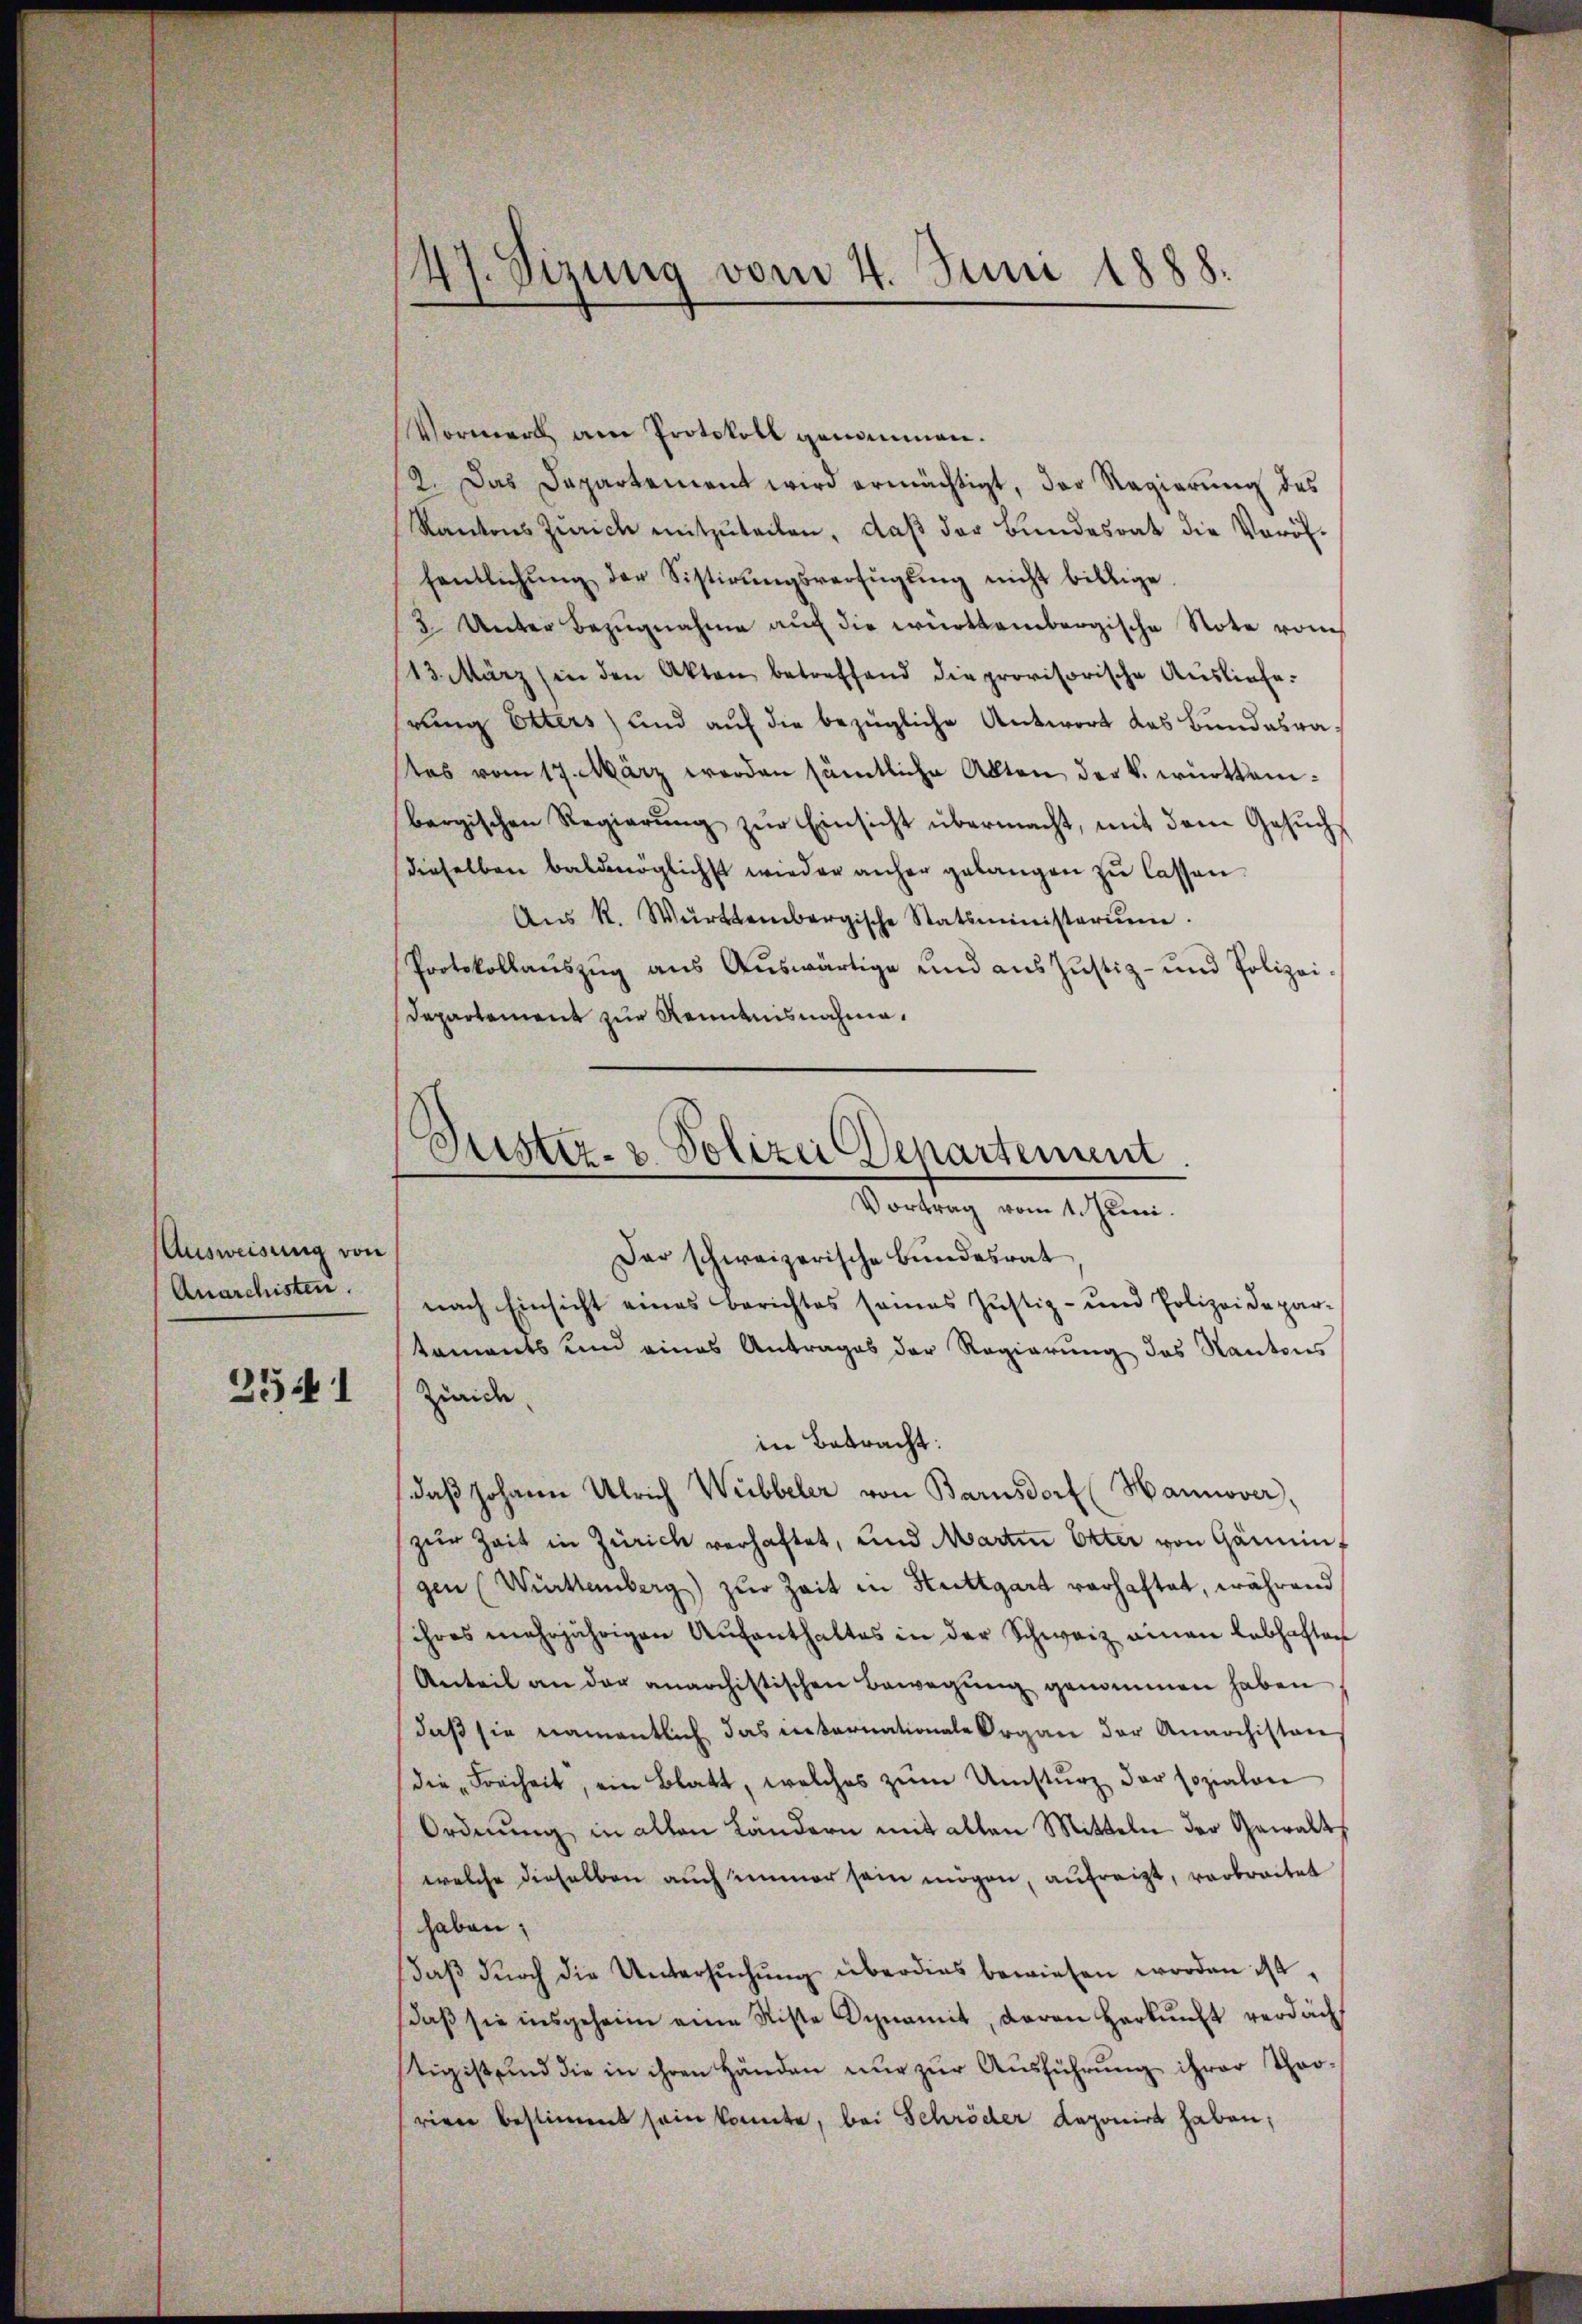
Ausweisung von
Anarchisten.

2541

Vormerk am Protokoll genommen.
2. Das Departement wird ermächtigt, das Regierŭng des
Kantons Zürich mitzŭteilen, daβ der Bŭndesrat die Voröf-
fentlichŭng der Sistirŭngsverfügŭng nicht billige
2 Unter Bezugnahme auch die württembergische Note vom
13. März (in den Akten betreffend die provisorische Ausliefe.
rung Etters) und auf die bezügliche Antwort das Bundesratas vom 17. März werden sämtliche Akten der k. württembergischen Regierŭng zŭr Einsicht übermacht, mit dem Gesŭch
dieselben baldmöglichst wieder anher gelangen zu lassen.
Aŭs R. Württembergische Statsministerium.
Protokollauszug aus Auswärtige und aus Justiz- und Polizei¬
Departement zur Renntnisnahme,

47. Sizung vom 4. Juni 1888.

Suster- & Polizei Departement
Vortrag vom 1. Juni.

Dar schweizerische Bundesrat
nach Einsicht eines Berichtes seines Justiz- und Polizeidepar-
tements und eines Antrages der Regierung des Kantons
Zürich,
in Betracht:
daβ Johann Ulrich Webbeler von Barnsdorf (Hannover,
zŭr Zeit in Zürich verhaftet, und Martin Otter von Gaminf
gen (Württemberg) zur Zeit in Stuttgart verhaftet, während
ihres mehrjährigen Aŭfenthaltes in der Schweiz einen lebhaften
Anteil an der anarchistischen Bewegung genommen haben
daß sie namentlich das eiternationale Organ der Anarchiston
die „Freiheit, ein Blatt, welches zŭm Umsturz der sozialon
Ordnung in alten Ländern mit allen Mitteln der Gewalt
welche dieselben auch immer sein mögen, aufreigt, verbreitet
haben;
daβ dŭrch die Untersŭchŭng überdies bewiesen worden ist.
daβ sie insgeheim eine Riste Dynamit, daran herkŭnft verdäch
tig ist und die in ihren Händen nur zur Ausführung ihrer Throrieen bestimmt sein konnte, bei Schröder deponirt haben;